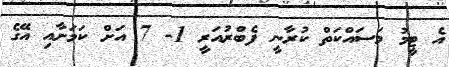
އެ ޓީމު މަސައްކަތް ކުރާނީ ފެބްރުއަރީ 1- 7 އަށް ކަމަށާއި އޭގެ